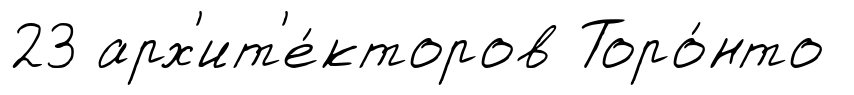
23 арх'ит'е́кторов Торо́нто